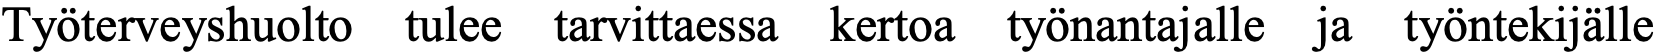
Työterveyshuolto tulee tarvittaessa kertoa työnantajalle ja työntekijälle